Calcutta medical institutions reports 1879-81 [i.e.91]
Year: 1879
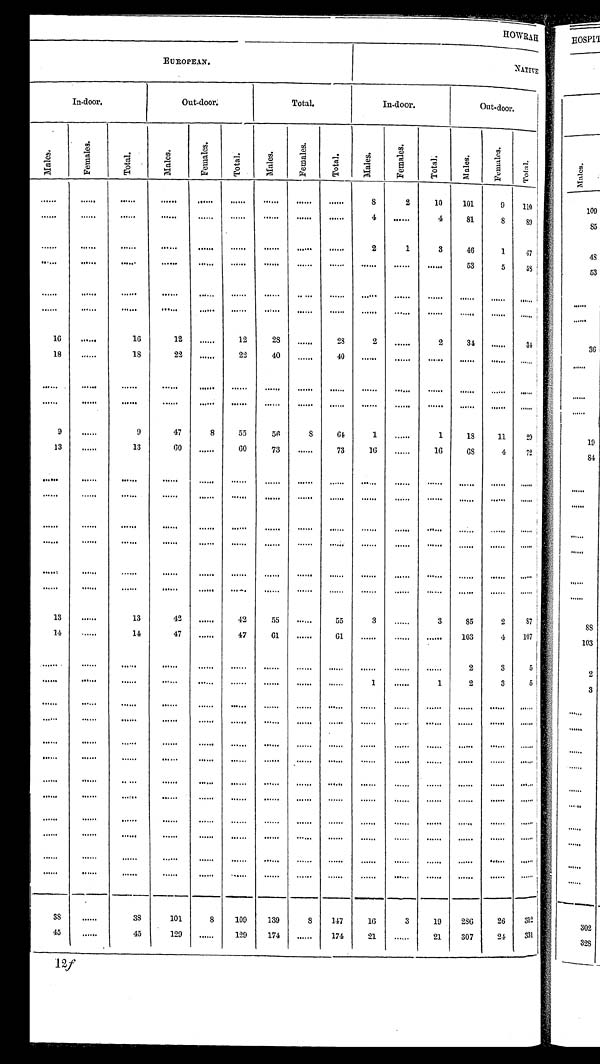
HOWRAH
EUROPEAN.
NATIVE.
In-door.
Out-door.
Total.
In-door.
O u t - d o o r .
Mal es.
F e ma l e s .
Tot al .
Males.
Fe ma l e s .
Tot al .
Mal es .
F e ma l e s .
Tot al .
Ma l e s .
Fe ma l e s .
Tot al .
Mal es.
F e ma l e s .
Tot al .
. . .
. . .
. . .
. . .
. . .
. . .
. . .
. . .
. . .
8
2
1 0
1 0 1
9
1 1 0
. . .
. . .
. . .
. . .
. . .
. . .
. . .
. . .
. . .
4
. . .
4
8 1
8
8 0
. . .
. . .
. . .
. . .
. . .
. . .
. . .
. . .
. . .
2
1
3
4 6
1
4 7
. . .
. . .
. . .
. . .
. . .
. . .
. . .
. . .
. . .
. . .
. . .
. . .
5 3
5
5 8
. . .
. . .
. . .
. . . . . .
. . .
. . .
. . .
. . .
. . .
. . .
. . .
. . .
. . .
. . .
. . .
. . .
. . .
. . .
. . .
. . .
. . .
. . .
. . .
. . .
. . .
. . .
. . .
. . .
. . .
1 6
. . .
1 6
1 2
. . .
1 2
2 8
. . .
2 8
2
. . .
2
3 4
. . .
3 4
1 8
. . .
1 8
2 2
. . .
2 2
4 0
. . .
4 0
. . .
. . .
. . .
. . .
. . . . . .
. . .
. . .
. . .
. . .
. . .
. . .
. . .
. . .
. . .
. . .
. . .
. . .
. . .
. . . . . .
. . .
. . .
. . .
. . .
. . .
. . .
. . .
. . .
. . .
. . .
. . .
. . .
. . .
. . . . . .
9
. . .
9
4 7
8
5 5
5 6
8
6 4
1
. . .
1
1 8
1 1
2 9
1 3
. . .
1 3
6 0
. . .
6 0
7 3
. . .
7 3
1 6
. . .
1 6
6 8
4
7 2
. . .
. . .
. . .
. . .
. . .
. . .
. . .
. . .
. . . . . .
. . .
. . .
. . .
. . .
. . .
. . .
. . .
. . .
. . . . . .
. . .
. . .
. . .
. . .
. . .
. . .
. . .
. . .
. . .
. . .
. . .
. . .
. . .
. . .
. . .
. . .
. . .
. . .
. . .
. . .
. . .
. . .
. . .
. . .
. . .
. . .
. . .
. . .
. . .
. . .
. . .
. . .
. . .
. . .
. . .
. . .
. . .
. . .
. . .
. . .
. . .
. . .
. . .
. . .
. . .
. . .
. . .
. . .
. . .
. . .
. . .
. . .
. . .
. . .
. . .
. . .
. . .
. . .
. . .
. . .
. . .
. . .
. . .
. . .
. . .
. . .
. . .
. . .
. . .
. . .
1 3
. . .
1 3
4 2
. . .
4 2
5 5
. . .
5 5
3
. . .
3
8 5
2
8 7
1 4
. . .
1 4
4 7
. . .
4 7
6 1
. . .
6 1
. . .
. . .
. . .
1 0 3
4
1 0 7
. . .
. . .
. . .
. . .
. . .
. . .
. . .
. . .
. . .
. . .
. . .
. . .
2
3
5
. . .
. . .
. . .
. . .
. . .
. . .
. . .
. . .
. . .
1
. . .
1
2
3
5
. . .
. . .
. . .
. . .
. . .
. . .
. . .
. . .
. . .
. . .
. . .
. . .
. . .
. . .
. . .
. . .
. . .
. . .
. . .
. . .
. . . . . .
. . . .
. . .
. . .
. . .
. . .
. . .
. . .
. . .
. . .
. . .
. . .
. . .
. . .
. . .
. . .
. . .
. . .
. . .
. . .
. . .
. . .
. . .
. . .
. . .
. . .
. . .
. . .
. . . . . .
. . .
. . .
. . .
. . .
. . .
. . .
. . .
. . .
. . .
. . .
. . . . . .
. . .
. . .
. . .
. . .
. . .
. . .
. . .
. . .
. . .
. . .
. . .
. . .
. . .
. . .
. . .
. . .
. . .
. . .
. . .
. . .
. . .
. . .
. . .
. . .
. . .
. . . . . .
. . .
. . .
. . .
. . .
. . .
. . .
. . .
. . .
. . .
. . .
. . .
. . .
. . .
. . . . . .
. . .
. . .
. . .
. . .
. . . . . .
. . .
. . .
. . .
. . .
. . .
. . .
. . .
. . . . . .
. . .
. . .
. . .
. . .
. . .
. . .
. . .
. . .
. . .
. . .
. . .
. . .
. . .
. . .
. . .
. . .
. . .
. . .
. . .
. . .
. . .
. . .
. . .
. . .
. . . . . .
. . .
. . .
. . . . . .
3 8
. . .
3 8
1 0 1
8
1 0 9
1 3 9
8
1 4 7
1 6
3
1 9
2 8 6
2 6
3 1 2
4 5
. . .
4 5
1 2 9
. . .
1 2 9
1 7 4
. . .
1 7 4
2 1
. . .
2 1
3 0 7
2 4
3 3 1
1 2f